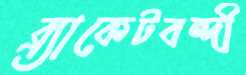
ব্র্যাকেটবন্দী